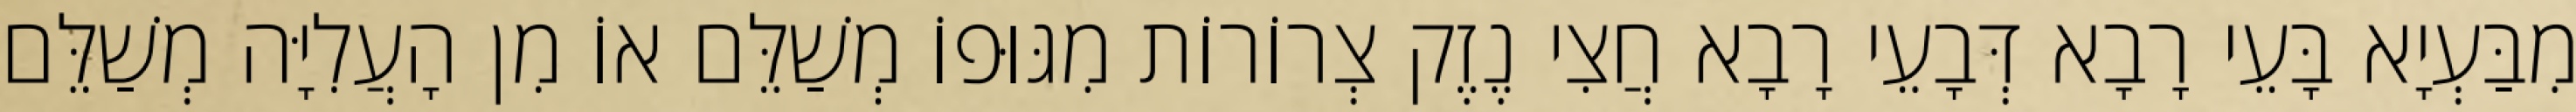
מִבַּעְיָא בָּעֵי רָבָא דְּבָעֵי רָבָא חֲצִי נֶזֶק צְרוֹרוֹת מִגּוּפוֹ מְשַׁלֵּם אוֹ מִן הָעֲלִיָּה מְשַׁלֵּם